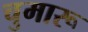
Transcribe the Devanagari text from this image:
चुमारू